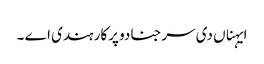
ایہناں دی سرجنا دو پرکار ہندی اے ۔